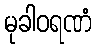
မုခါဝရဏံ